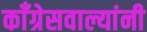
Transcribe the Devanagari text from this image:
काँग्रेसवाल्यांनी